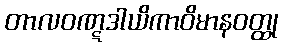
တာလဝဏ္ဋဒါယိကာဝိမာနဝတ္ထု